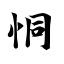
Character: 恫